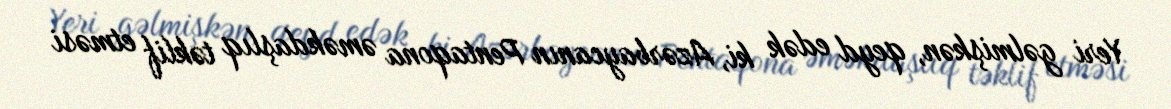
Yeri gəlmişkən, qeyd edək ki, Azərbaycanın Pentaqona əməkdaşlıq təklif etməsi